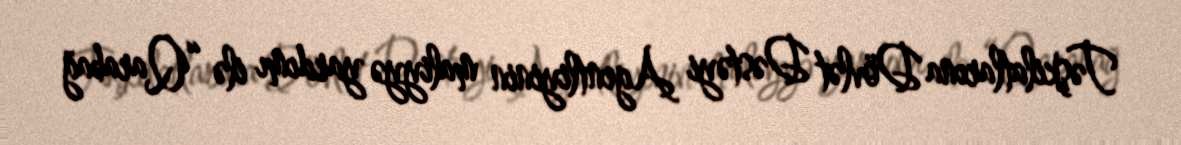
Təşkilatlarına Dövlət Dəstəyi Agentliyinin maliyyə yardımı ilə “Qarabağ